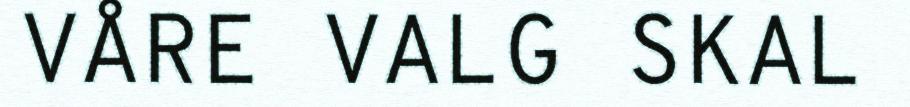
VÅRE VALG SKAL